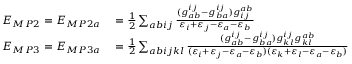
\begin{array} { r l } { E _ { M P 2 } = E _ { M P 2 a } } & { { } = \frac { 1 } { 2 } \sum _ { a b i j } \frac { ( g _ { a b } ^ { i j } - g _ { b a } ^ { i j } ) g _ { i j } ^ { a b } } { \varepsilon _ { i } + \varepsilon _ { j } - \varepsilon _ { a } - \varepsilon _ { b } } } \\ { E _ { M P 3 } = E _ { M P 3 a } } & { { } = \frac { 1 } { 2 } \sum _ { a b i j k l } \frac { ( g _ { a b } ^ { i j } - g _ { b a } ^ { i j } ) g _ { k l } ^ { i j } g _ { k l } ^ { a b } } { ( \varepsilon _ { i } + \varepsilon _ { j } - \varepsilon _ { a } - \varepsilon _ { b } ) ( \varepsilon _ { k } + \varepsilon _ { l } - \varepsilon _ { a } - \varepsilon _ { b } ) } } \end{array}